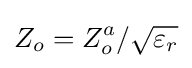
Z_{o}=Z_{o}^{a}/{\sqrt {\varepsilon _{r}}}